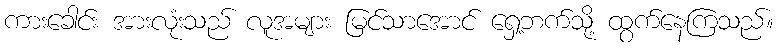
ကားခေါင်း အားလုံးသည် လူအများ မြင်သာအောင် ရှေ့ဘက်သို့ ထွက်နေကြသည်။